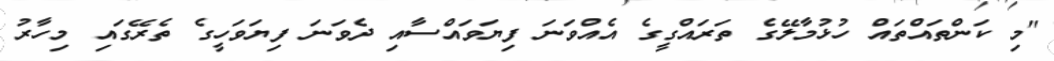
"މި ކަންތައްތައް ހުޅުމާލޭގެ ތަރައްގީގެ އެއްވަނަ ފިޔަވައްސާއި ދެވަނަ ފިޔަވަހީގެ ތެރޭގައި މިހާރު